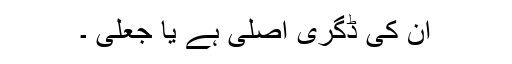
ان کی ڈگری اصلی ہے یا جعلی ۔